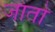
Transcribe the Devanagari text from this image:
जाताे